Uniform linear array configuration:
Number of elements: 4
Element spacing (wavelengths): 0.75
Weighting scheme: blackman
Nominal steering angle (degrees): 30
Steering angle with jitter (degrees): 30.464
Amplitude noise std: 0.05
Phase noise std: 0.05

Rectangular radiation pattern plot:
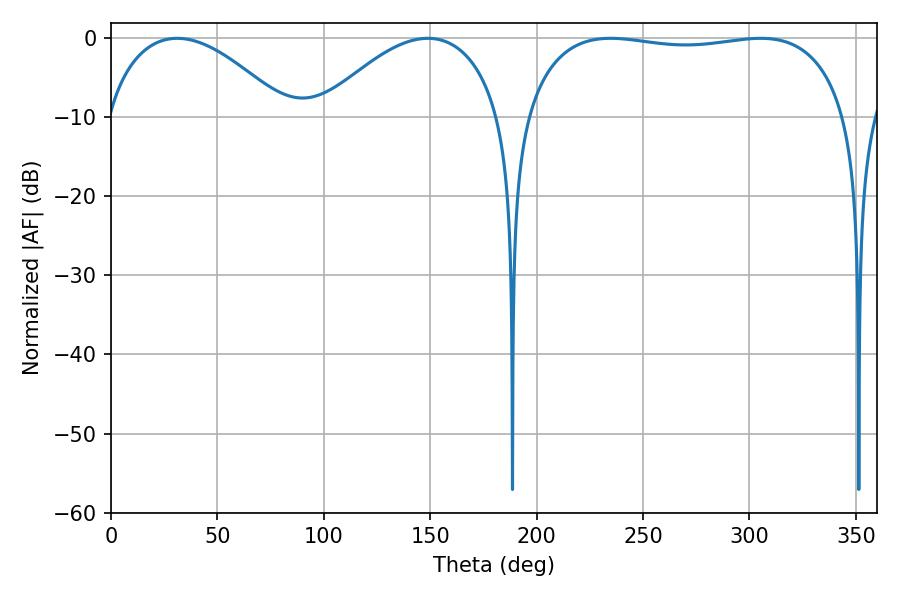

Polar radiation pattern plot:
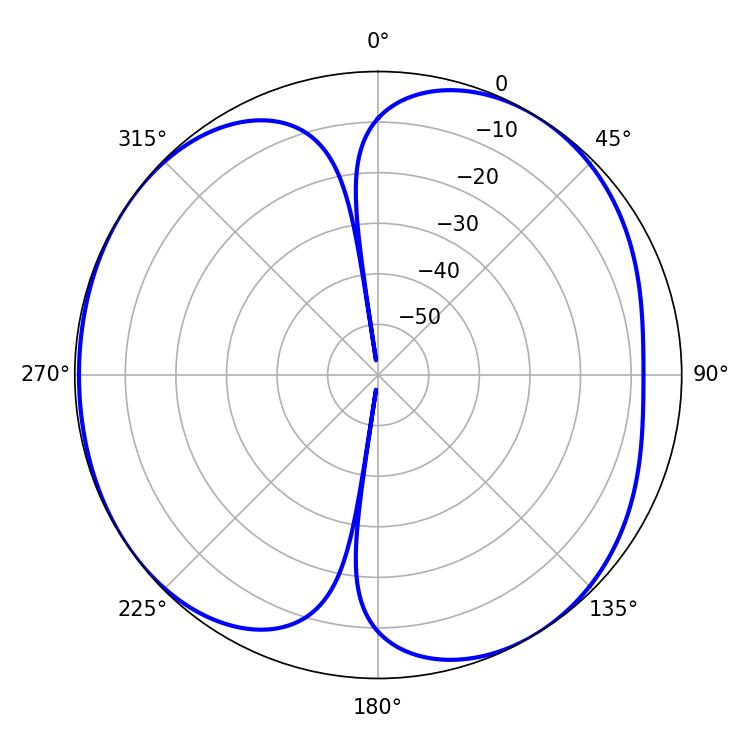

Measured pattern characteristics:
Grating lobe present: TRUE
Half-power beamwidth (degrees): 122.04
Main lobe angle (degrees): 234.72